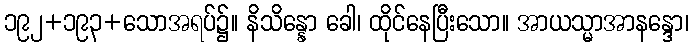
၁၉၂+၁၉၃+သောအရပ်၌။ နိသိန္နော ခေါ၊ ထိုင်နေပြီးသော။ အာယသ္မာအာနန္ဒော၊